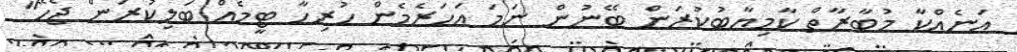
އަނެއްކާ މުބާރާތް ކާމިޔާބުކުރަން ބޭނުން ނަމަ އަހަރެމެން ހުރިހާ ޓީމެއް ބަލިކުރަން ޖެހޭ"